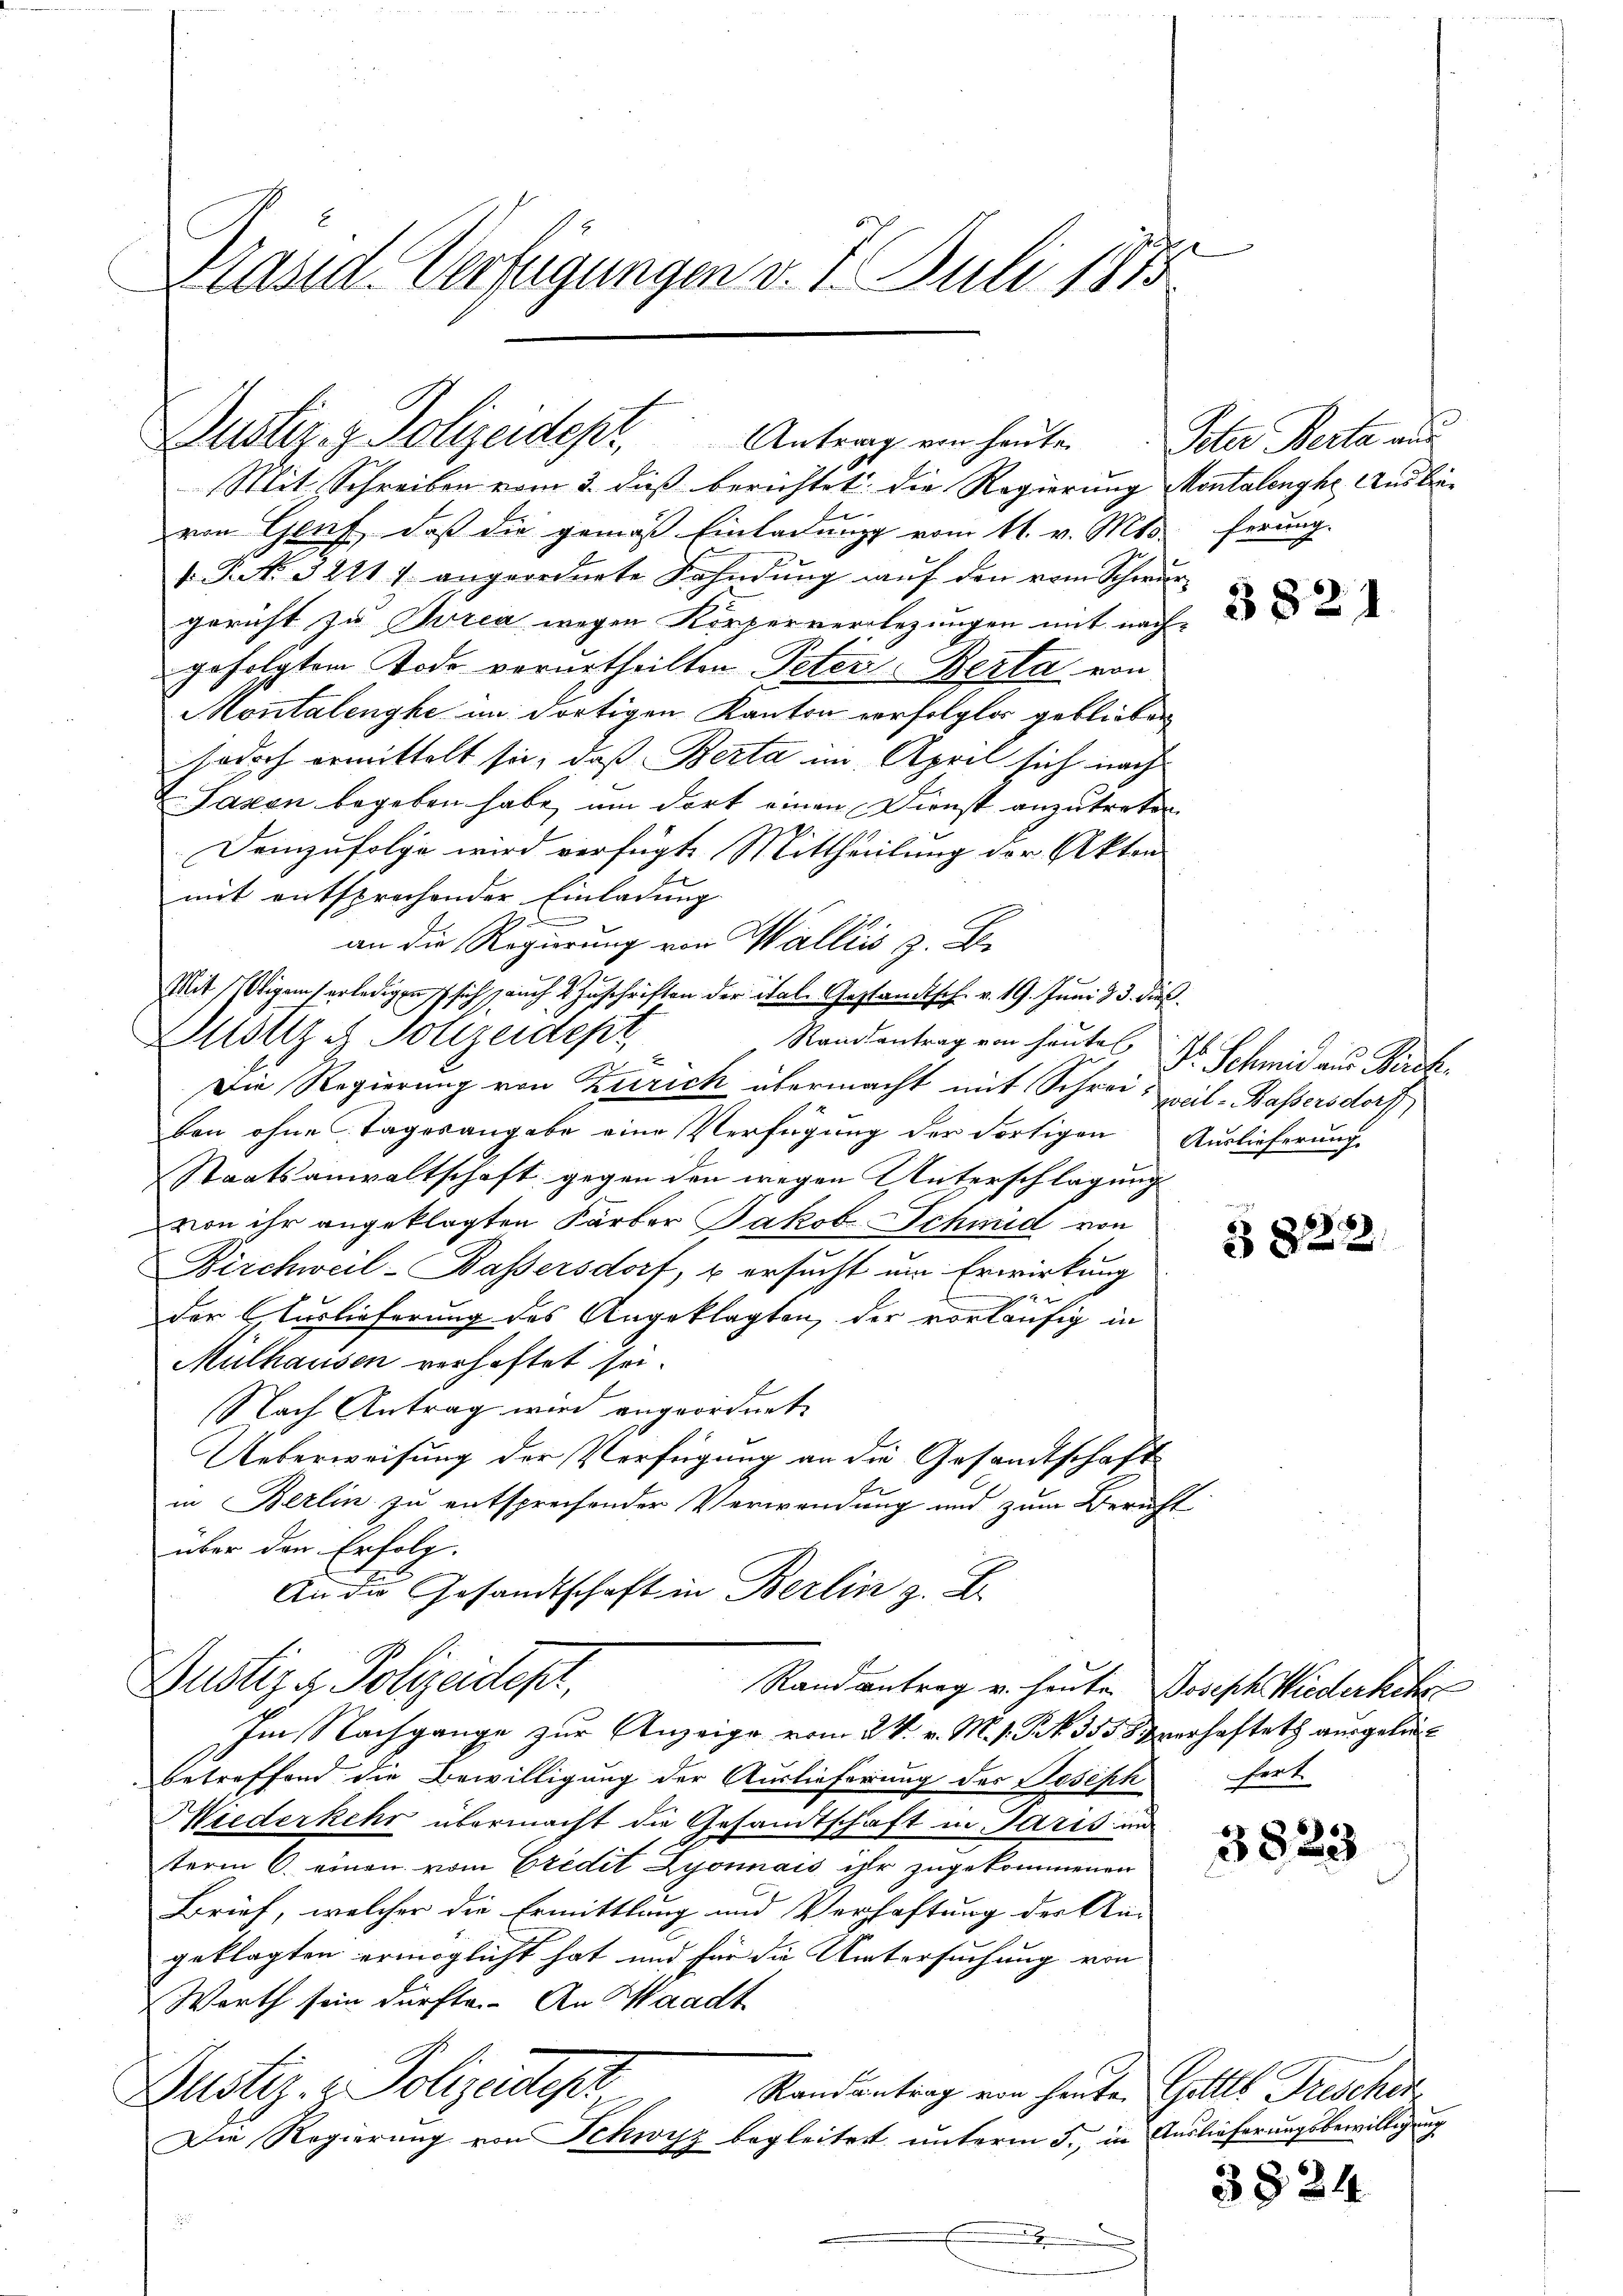
Präsid. Verfügungen v. 7. Juli 1875

Justiz- & Polizeidept, Antrag von heute
Mit Schreiben vom 3. dieß berichtet: die Regierung Montalenghe Ausbrei¬

von Genf, daß die gemäß Einladung vom 11. v. Mts. ferung.
1. P. N. 3221 7 angeordnete Fahndung auf den vom Schwurgericht zu Turia wegen Körperverlegungen mit nach-
gefolgtem Tode verurtheilten Peter-Berta von
Montalengke im dortigen Kanton vorfolglos geblieben
jedoch ermittelt sie, daß Berta im April sich nach
Saxon begeben habe, um dort einen Dienst anzutreten
Demzufolge wird verfügte Mittheilung der Akten
mit entsprochender Einladung
an die Regierung von Walliis z. B.
Mit Obigem erledigen sich auch 2 Zuschriften der ital. Gestandtsch. v. 19. Juni 13. die
Dustiz & Polizeidepr
x
Die Regierung von Zürich übermacht mit Schrei- peil-Bassersdorf
ben ohne Tagesangabe eine Verfügung der Fortigen Auslieferung
Staatsanwaltschaft gegen den wegen Unterschlagung
von ihr angeklagten Färber Jakob Schmid von
Birchweil-Bassersdorf, & ersucht um Erwirkung
der Auslieferung des Angeklagten, der vorläufig in
Mülhausen verhaftet sei.
Nach Antrag wird angeordnet.
Ueberweisung der Verfügung an die Gesandtschaft
in Berlin zu entsprechender Verwendung und zum Bericht
über den Erfolg.
An die Gesandtschaft in Berlin z. B.
Bustiz & Polizeidepr
Randantrag v. heute Joseph Wiederkehr
Im Nachgange zur Anzeige vom 2. V. v. M. v. Frk. 355 8 verhaftet ausgeliebetreffend die Bewilligung der Auslieferung des Joseph
Wiederkehr übermacht die Gesandtschaft in Paris un
term 6. einen vom Credit Lyonnais ihr zugekommenen
Brief, welcher die Ermittlung und Verhaftung der An-
geklagten ermöglicht hat und für die Untersuchung von
Werth sein dürfte. An Waadt
Justiz- & Polizeiter
Randantrag von heute. Gottes Frischer
Die Regierung von Schwyz begleitet unterm 5. in Auslieferungsbewilligung

Standsantrag von heuten dr Schmid aus Kirch¬

Peter Berta aus

382

§ 822

hert

3823

3824